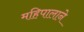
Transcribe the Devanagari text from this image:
महिपालाने